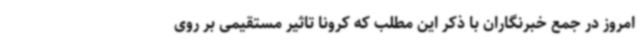
امروز در جمع خبرنگاران با ذکر این مطلب که کرونا تاثیر مستقیمی بر روی